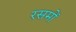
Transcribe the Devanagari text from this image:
रसमों